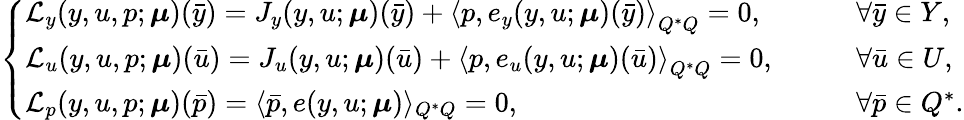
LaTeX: \begin{array}{r}{\left\{ \begin{array}{ll}{\mathcal{L}_{y}(y,u,p;\boldsymbol{\mu})(\bar{y})=J_{y}(y,u;\boldsymbol{\mu})(\bar{y})+\left\langle p,e_{y}(y,u;\boldsymbol{\mu})(\bar{y})\right\rangle_{Q^{*}Q}=0,}&{\qquad\forall\bar{y}\in Y,}\\ {\mathcal{L}_{u}(y,u,p;\boldsymbol{\mu})(\bar{u})=J_{u}(y,u;\boldsymbol{\mu})(\bar{u})+\left\langle p,e_{u}(y,u;\boldsymbol{\mu})(\bar{u})\right\rangle_{Q^{*}Q}=0,}&{\qquad\forall\bar{u}\in U,}\\ {\mathcal{L}_{p}(y,u,p;\boldsymbol{\mu})(\bar{p})=\langle\bar{p},e(y,u;\boldsymbol{\mu})\rangle_{Q^{*}Q}=0,}&{\qquad\forall\bar{p}\in Q^{*}.}\end{array}\right.}\end{array}